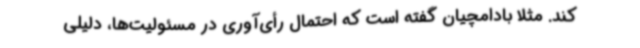
کند. مثلا بادامچیان گفته است که احتمال رأی‌آوری در مسئولیت‌ها، دلیلی